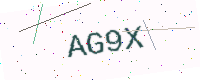
Text: AG9X